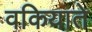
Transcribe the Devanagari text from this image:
वकियाते